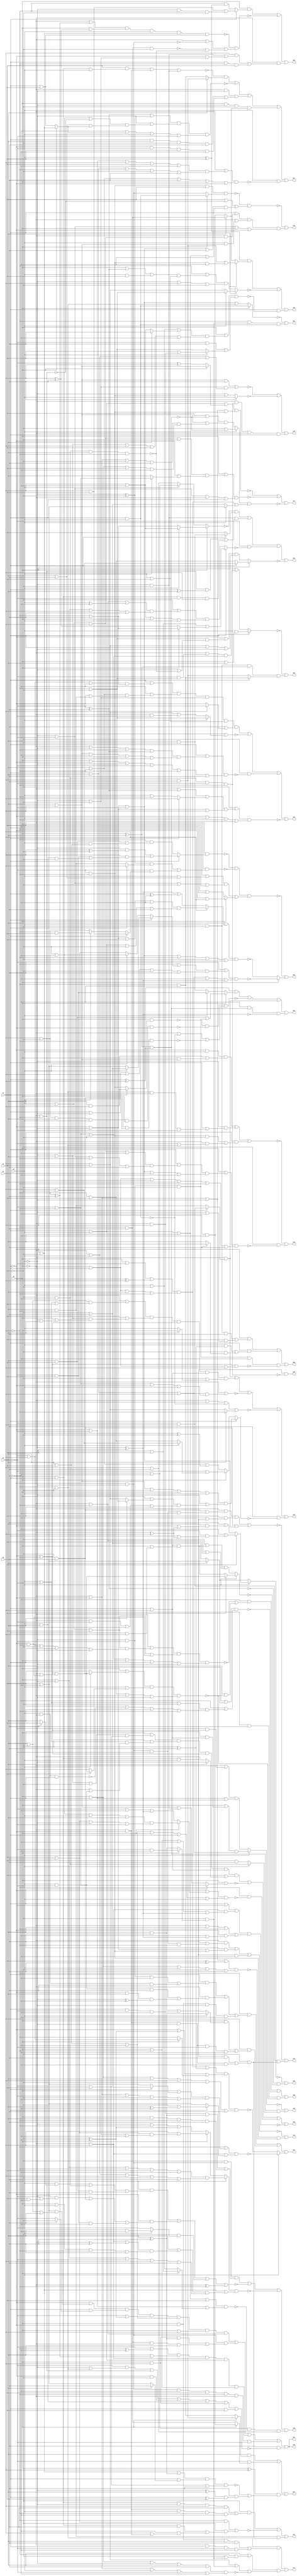
// Benchmark "q_3" written by ABC on Mon Feb 27 04:15:20 2023

module q_3 ( 
    x0, x1, x2, x3, x4, x5, x6,
    z00, z01, z02, z03, z04, z05, z06, z07, z08, z09, z10, z11, z12, z13,
    z14, z15, z16, z17, z18, z19, z20, z21, z22, z23, z24, z25, z26, z27,
    z28  );
  input  x0, x1, x2, x3, x4, x5, x6;
  output z00, z01, z02, z03, z04, z05, z06, z07, z08, z09, z10, z11, z12, z13,
    z14, z15, z16, z17, z18, z19, z20, z21, z22, z23, z24, z25, z26, z27,
    z28;
  wire n38, n40, n41, n42, n44, n45, n47, n48, n50, n51, n52, n53, n54, n55,
    n56, n58, n59, n60, n61, n63, n64, n65, n67, n68, n70, n71, n72, n73,
    n74, n76, n78, n79, n80, n82, n83, n85, n86, n87, n89, n91, n92, n94,
    n95, n96, n97, n99, n100, n102, n103, n104, n105, n106, n107, n109,
    n110, n111, n112, n114, n115, n116, n117, n119, n120, n121, n122, n124,
    n125, n126, n127, n128, n130, n131, n132, n133, n134, n136, n137, n138,
    n139, n140, n141, n143, n144, n145, n146, n148, n149, n150, n151, n153,
    n154, n155, n156, n157, n158, n160, n161, n162, n163, n164, n165, n166;
  assign z00 = x0 & x1 & x2 & ~n38;
  assign n38 = ~x6 & ~x5 & ~x3 & ~x4;
  assign z01 = ~n42 | (~x4 & n40 & n41);
  assign n40 = ~x5 & (x0 ? (~x3 & ~x6) : (x3 & x6));
  assign n41 = x1 & x2;
  assign n42 = x0 ? (x1 & x2) : (~x1 | ~x2 | ~x3 | (~x4 & ~x5));
  assign z02 = ~n45 | (n44 & (x1 ? (~x4 & ~x6) : (x4 & x6)));
  assign n44 = x2 & ~x5 & (x0 ^ x3);
  assign n45 = x1 ? (x2 & (x0 | x3)) : (~x2 | ((~x0 | (~x3 & (~x4 | ~x5))) & (~x3 | ~x4 | ~x5)));
  assign z03 = ~n48 | (n47 & (x2 ? (~x5 & ~x6) : (x5 & x6)));
  assign n47 = (x0 ^ x3) & (x1 ^ x4);
  assign n48 = x2 ? ((x0 | (x3 & (x1 | x4))) & (x1 | x3 | x4)) : ((~x0 | (~x3 & (~x1 | ~x4))) & (~x1 | ~x3 | ~x4));
  assign z04 = n50 | ~n51 | n55 | (~x6 & n47 & ~n56);
  assign n50 = (x1 ^ x4) & (x0 ? ((x3 & x5) | (~x2 & ~x3 & ~x5)) : (x2 ? (~x3 & x5) : (x3 & ~x5)));
  assign n51 = ~n52 & ~n53 & (~x0 | ~n41 | ~n54);
  assign n52 = x0 & (x1 ? (x3 & x4) : (~x3 & ~x4));
  assign n53 = ~x5 & x4 & x3 & x2 & x0 & ~x1;
  assign n54 = x6 & ~x5 & x3 & ~x4;
  assign n55 = ~x0 & (x1 ? (~x3 & x4) : (x3 & ~x4));
  assign n56 = ~x2 ^ x5;
  assign z05 = n59 | ~n60 | (x1 & ~n58);
  assign n58 = (x0 | ((x2 | ~x5 | (x3 ? x6 : (x4 | ~x6))) & (~x2 | x3 | x4 | x5 | ~x6))) & (~x3 | x6 | (x2 ? (x5 | (~x0 & x4)) : (~x4 | ~x5)));
  assign n59 = (x2 ^ x5) & (x1 ? ((x4 & x6) | (~x3 & ~x4 & ~x6)) : (x3 ? (~x4 & x6) : (x4 & ~x6)));
  assign n60 = x1 ? (x2 ? (~x4 | ~x5) : (x4 | x5)) : ((~x4 | ((x0 | n61 | (x2 & x5)) & (x2 | x5))) & (~x2 | x4 | ~x5));
  assign n61 = ~x3 ^ x6;
  assign z06 = ~n64 | (~n61 & ~n63);
  assign n63 = x2 ? (x5 ? ((~x1 | ~x4) & (~x0 | (~x1 & ~x4))) : ((x1 | x4) & (x0 | (x1 & x4)))) : ((~x5 | ((x1 | x4) & (x0 | (x1 & x4)))) & (~x0 | ~x4 | x5));
  assign n64 = x2 ? (x5 ? (~x6 | (~x3 & (x1 | n65))) : (x6 | (x3 & (~x1 | n65)))) : (x3 ? (x5 | ~x6) : (~x5 | x6));
  assign n65 = ~x0 ^ x4;
  assign z07 = (x3 & (x0 ? (x4 & x6) : (~x4 & ~x6))) | (~x3 & (x0 ? (x4 & ~x6) : (~x4 & x6))) | ((x0 ^ x4) & (~n67 | (x6 & n68)));
  assign n67 = (~x1 | ~x5 | (x3 ^ x6)) & (x1 | (x3 ? x6 : (x5 | ~x6))) & (~x3 | x5 | x6);
  assign n68 = (~x2 ^ x3) & (x1 ^ x5);
  assign z08 = (x0 & (x1 ? ((x4 & x5) | (~x2 & ~x4 & ~x5)) : (~x4 & (x2 ^ x5)))) | ~n70 | (~x0 & ((x4 & ((~x2 & ~x5) | (~x1 & (~x2 | ~x5)))) | (x1 & ~x4 & x5)));
  assign n70 = ~n71 & (~x0 | ~n72 | (~n73 & ~n74));
  assign n71 = (~x0 | (~x4 ^ x6)) & (x0 | (x4 ^ x6)) & x2 & (~x1 | ~x5) & (x1 | x5);
  assign n72 = ~x1 & ~x2;
  assign n73 = x6 & ~x4 & ~x5;
  assign n74 = ~x6 & ~x5 & x3 & ~x4;
  assign z09 = (~x1 & ((x2 & ~x5 & x6) | (x5 & (~x2 | ~x6)))) | (x1 & ((x2 & (~x5 ^ x6)) | (~x5 & (x6 ? ~x2 : x3)))) | (~x2 & ~x3 & ~x5 & ~x6 & ~n76);
  assign n76 = (~x1 | ~x4) & (~x0 | x1 | x4);
  assign z10 = ~n80 | ~n78 | (~x2 & n79 & ~x0 & x1);
  assign n78 = x6 ? x2 : (~x2 | (~x3 & ~x4));
  assign n79 = ~x6 & ~x5 & ~x3 & ~x4;
  assign n80 = x3 | x4 | x6 | ((~x2 | ~x5) & (~x0 | x2 | x5));
  assign z11 = n83 | ((x3 | (~x4 & (~x5 | n40))) & (x4 | x5 | n40 | ~n82));
  assign n82 = (x0 | x1 | ~x2 | x3 | x6) & (~x0 | ~x1 | x2 | ~x3 | ~x6);
  assign n83 = ~x4 & ~x5 & ((x0 & ~x1 & x3 & x6) | (~x0 & x1 & ~x3 & ~x6));
  assign z12 = n86 | ~n85 | (x3 & ~x4 & n87);
  assign n85 = (~x4 & (x5 | x6)) | (~x5 & ((x0 & x1 & x6) | (~x6 & (x4 | (~x0 & ~x1)))));
  assign n86 = ~x5 & ((x0 & x1 & ~x2 & x4 & x6) | (~x0 & ~x1 & x2 & ~x4 & ~x6));
  assign n87 = ~x5 & ((x0 & x1 & x2 & x6) | (~x0 & ~x1 & ~x2 & ~x6));
  assign z13 = ~n89 | (~x3 & x4 & n87);
  assign n89 = (~x0 & ((~x5 & x6) | (~x1 & ~x2 & ~x3 & ~x6))) | (x5 & (~x6 | (x0 & x1 & x2))) | (~x5 & x6 & (~x1 | ~x2 | ~x3));
  assign z14 = ~n92 | (~x3 & ~x4 & ~n91);
  assign n91 = (~x0 | ~x1 | ~x2 | (x5 ^ x6)) & (x0 | x1 | x2 | ~x5 | x6);
  assign n92 = (~x0 & (x6 | (~x1 & ~x2 & ~x3 & ~x4))) | (x6 & (~x1 | ~x2 | (~x3 & ~x4))) | (x0 & x1 & x2 & ~x6);
  assign z15 = ~n94 | ((x1 | (~x0 & (x2 | x3 | x4))) & (~x0 | (x2 & (x3 | x4))) & (~x2 | ~x3 | x0 | ~x1));
  assign n94 = ~n96 & (x5 | ~n95 | n97);
  assign n95 = ~x0 & ~x4;
  assign n96 = ~x3 & ~x4 & x5 & (x0 ? (x1 & x2) : (~x1 & ~x2));
  assign n97 = (~x1 | ~x2 | ~x3 | x6) & (x1 | x2 | x3 | ~x6);
  assign z16 = ~n100 | (~x5 & ~n99);
  assign n99 = (x0 | ((x1 | ((x2 | x3 | x4 | ~x6) & (~x2 | ~x3 | ~x4 | x6))) & (~x1 | ~x2 | ~x3 | x4 | ~x6))) & (~x0 | x1 | ~x2 | x3 | ~x4 | x6);
  assign n100 = (~x1 & x2 & ((x3 & x4) | (x0 & (x3 | x4)))) | (~x2 & (x1 | (~x4 & ~x5 & ~x0 & ~x3))) | (x1 & ((~x3 & ~x4 & ~x5) | (~x0 & (~x3 | (~x4 & ~x5)))));
  assign z17 = ~n102 | ~n103 | ~n105;
  assign n102 = (x1 | x2 | (x0 ? (x3 | x4) : (~x3 ^ x4))) & (~x0 | ~x1 | ~x2 | (~x3 & ~x4));
  assign n103 = x2 ? (~x5 | ~n47) : ((x5 | ~n47) & (x3 | x4 | n104));
  assign n104 = (~x0 | ~x1 | ~x5 | x6) & (x0 | x1 | x5 | ~x6);
  assign n105 = n107 & (n106 | (x2 ? (x5 | ~x6) : (~x5 | x6)));
  assign n106 = (x0 | ~x3 | (~x1 ^ x4)) & (~x0 | x1 | x3 | ~x4);
  assign n107 = (x0 | ((x2 | x3 | x4 | ~x5) & (~x1 | (x2 ? (~x3 | ~x4) : x3)))) & (~x2 | ~x3 | ~x0 | x1);
  assign z18 = n110 | ~n111 | (~x4 & ~n109) | ~n112;
  assign n109 = (~x1 | (x0 ? ((~x5 | ~x6 | x2 | x3) & (x5 | x6 | ~x2 | ~x3)) : (~x3 | ~x6 | (~x2 ^ x5)))) & (x3 | x5 | ~x6 | x0 | x1 | x2);
  assign n110 = (x0 | ((~x2 | x3 | ~x5) & (~x3 | x5))) & (~x5 | ((x2 | ~x3) & (~x0 | (x2 & ~x3)))) & (~x1 | ~x4) & (x1 | x4) & (x5 | (x3 ? ~x2 : ~x0));
  assign n111 = x0 | (x1 ? (~x3 | ~x4) : (x3 | x4 | (~x2 & ~x5)));
  assign n112 = (x1 | ~x3 | ((~x0 | x4) & (x0 | ~x4 | ~x6 | n56))) & (~x0 | x3 | ~x4 | (~x1 & (~x6 | n56)));
  assign z19 = n115 | ~n116 | (~x5 & ~n114) | ~n117;
  assign n114 = (x1 | ((~x0 | ~x2 | ~x4 | (~x3 ^ x6)) & (x3 | x4 | ~x6 | x0 | x2))) & (x0 | ~x1 | ~x2 | ~x3 | ~x4 | x6);
  assign n115 = (x1 | ((~x3 | x4 | ~x6) & (~x4 | x6))) & (~x6 | ((x3 | ~x4) & (~x1 | (x3 & ~x4)))) & (~x2 | ~x5) & (x2 | x5) & (x6 | (x4 ? ~x3 : ~x1));
  assign n116 = x1 | (x2 ? (~x4 | ~x5) : (x4 | x5 | (~x0 & ~x3)));
  assign n117 = (~x5 | ((~x0 | n61 | (x1 ? x4 : (x2 | ~x4))) & (~x1 | ~x2 | x4))) & (~x1 | x2 | ~x4 | x5);
  assign z20 = (~x6 & (~n119 | (x3 & ~n120))) | ~n121 | (~x3 & x6 & ~n120);
  assign n119 = (~x0 | ((x2 | x3 | x5) & (~x3 | x4 | ~x5 | x1 | ~x2))) & (x2 | x3 | x5 | (~x1 & ~x4)) & (~x3 | ~x4 | ~x5 | x0 | x1 | ~x2);
  assign n120 = (x0 | (x2 ? (x4 | ~x5) : x5)) & (x2 | (x5 ? ((~x1 | ~x4) & (~x0 | (~x1 & ~x4))) : x4)) & (~x4 | x5 | ~x0 | ~x2);
  assign n121 = (~x2 | (x3 ? (x5 | ~x6) : (~x5 | x6))) & (~x6 | ((x2 | ~x3 | ~x5) & (x5 | ~n122 | x3 | ~x4)));
  assign n122 = x2 & ~x0 & x1;
  assign z21 = n125 | n126 | n127 | n128 | (x6 & ~n124);
  assign n124 = (~x3 & (~x2 | (~x4 & ~x5))) | (~x0 & ~x4) | (~x1 & ~x5) | (x2 & x3) | (x0 & x4) | (x1 & x5);
  assign n125 = (~x1 | ((x5 | ~x6) & (x3 | ~x5 | x6))) & (x1 | (x6 ? ~x5 : ~x3)) & (~x3 | (~x5 ^ ~x6)) & (x3 | x5 | ~x6) & (x0 | x4) & (~x0 | ~x4);
  assign n126 = ~x1 & ~x2 & ((x0 & x4 & (x3 ^ x6)) | (~x4 & x6 & ~x0 & x3));
  assign n127 = (~x3 | (~x4 ^ ~x6)) & (x3 | (~x4 ^ x6)) & (~x0 | x4) & (x1 | x2) & (x0 | ~x4);
  assign n128 = n72 & ~x6 & x5 & ~x4 & ~x0 & ~x3;
  assign z22 = n131 | n133 | (~x3 & ~n130) | ~n134;
  assign n130 = x1 ? (~x2 | x5 | (x0 ? (~x4 | x6) : (x4 ^ x6))) : ((~x5 | ((~x0 | ~x4 | (x2 ^ ~x6)) & (x0 | ~x2 | x4 | x6))) & (x4 | ~x6 | x0 | x2));
  assign n131 = ~n132 & (x1 ? (x3 & ~x5) : x5);
  assign n132 = x0 ? (x2 ? (x4 | ~x6) : (~x4 | x6)) : (x2 ? (~x4 | ~x6) : (x4 | x6));
  assign n133 = ~x2 & ~x5 & ((~x0 & ~x4 & (x1 ^ x3)) | (x0 & x1 & ~x3 & x4));
  assign n134 = x0 ? (x1 ? (x4 | ~x5) : (~x4 | x5)) : ((~x1 | ((~x4 | ~x5) & (~x2 | ~n74))) & (x4 | x5 | x1 | ~x2));
  assign z23 = n137 | ~n138 | ~n139 | ((~x4 | ~x6) & ~n136 & (x4 | x6));
  assign n136 = (x1 | x2 | x3 | x5) & (~x1 | ~x3 | (x0 ? (~x2 | x5) : (x2 | ~x5)));
  assign n137 = ~x5 & n72 & ((~x0 & x4 & (x3 ^ x6)) | (x0 & x3 & ~x4 & x6));
  assign n138 = x1 ? ((x0 | ~x2 | ~x4 | x5 | ~x6) & (~x0 | x2 | x4 | ~x5 | x6)) : (x0 ? (x4 | ((x5 | x6) & (~x2 | ~x5 | ~x6))) : (~x2 | ~x4 | (~x5 ^ ~x6)));
  assign n139 = (n140 | (~x0 ^ ~x4)) & (~x1 | ~x5 | n141);
  assign n140 = (x1 & ((x2 & (x6 ? x5 : x3)) | (~x5 & ~x6) | (x3 & x5 & x6))) | (~x1 & ((~x2 & (~x3 | (x5 & ~x6))) | (~x5 & x6) | (~x3 & x5 & ~x6))) | (~x5 & (x2 ? (x3 & ~x6) : ~x3));
  assign n141 = (x3 | ((~x0 | x4 | (~x2 ^ x6)) & (x0 | x2 | ~x4 | x6))) & (x0 | ~x2 | ~x3 | x4 | x6);
  assign z24 = n144 | n145 | (x2 ? ~n146 : ~n143);
  assign n143 = (((x0 | ~x3 | (~x1 ^ x4)) & (~x0 | x1 | x3 | ~x4)) | (~x5 ^ x6)) & (~x1 | (~x5 ^ ~x6) | (x0 ? (~x3 | x4) : ~x4)) & (x0 | x1 | x3 | x4 | ~x5 | x6);
  assign n144 = ~x4 & ((x1 & ((~x2 & ~x3 & ~x6) | (~x0 & x2 & x6))) | (~x0 & ((x2 & ~x3 & x6) | (~x1 & x3 & (~x2 ^ ~x6)))) | (x0 & ~x1 & ~x2 & ~x6));
  assign n145 = x4 & ((x0 & (x2 ? (x3 ^ x6) : ((x3 & x6) | (x1 & ~x3 & ~x6)))) | (~x0 & ~x1 & ~x2 & ~x3 & ~x6));
  assign n146 = (~x4 | ((x0 | (x1 ? (~x5 | x6) : (x5 | ~x6))) & (~x0 | ~x1 | ~x3 | ~x5 | ~x6))) & (~x0 | x4 | (x1 ? (~x5 | (x3 ^ ~x6)) : (x5 | ~x6)));
  assign z25 = n55 | n149 | ~n150 | ~n151 | (x6 & ~n148);
  assign n148 = x1 ? ((x3 | x4 | ~x5 | x0 | x2) & (~x2 | ((x0 | (x3 ? (~x4 | ~x5) : (x4 | x5))) & (~x0 | ~x3 | ~x4 | x5)))) : (x0 ? (~x3 | (x2 ? (x4 | ~x5) : (~x4 | x5))) : (x3 | ~x4 | (x2 ^ ~x5)));
  assign n149 = (~x0 | ((x3 | ~x5) & (x2 | ~x3 | x5))) & (x5 | ((~x2 | x3) & (x0 | (~x2 & x3)))) & (~x1 | ~x4) & (x1 | x4) & (~x5 | (x3 ? x0 : x2));
  assign n150 = ~x0 | ((x1 | x3 | x4) & (~x3 | ~x4 | ~x1 | x2));
  assign n151 = ~x0 | x6 | ~n41 | (x3 ? ~x4 : (x4 | x5));
  assign z26 = ~n155 | (x0 ? ~n153 : ~n154);
  assign n153 = (~x3 | ((~x4 | (x1 ? (x2 ? (~x5 | x6) : (x5 | ~x6)) : (x2 ? (~x5 | ~x6) : (x5 | x6)))) & (x1 | ~x2 | x4 | ~x5 | x6))) & (x1 | x3 | x4 | ~x6 | (~x2 ^ x5));
  assign n154 = (x3 | (x4 ? ((~x1 | ~x2 | x5 | ~x6) & (x1 | x2 | ~x5 | x6)) : ((~x2 ^ x5) | (x1 ^ ~x6)))) & (~x1 | ~x2 | ~x3 | ~x4 | ~x5 | x6);
  assign n155 = ~n156 & ~n158 & (n157 | (x0 ? (~x1 | x4) : (x1 | ~x4)));
  assign n156 = ~x0 & (x1 ? ((~x2 & (x4 ^ ~x5)) | (x4 & ((~x3 & x5) | (x2 & x3 & ~x5)))) : (~x4 & ((x3 & x5) | (x2 & (x3 | x5)))));
  assign n157 = (x5 | (x2 & (x3 | x6))) & (~x2 | ~x3 | ~x5 | ~x6);
  assign n158 = x0 & (((~x2 ^ ~x5) & (x1 ? x4 : (x3 & ~x4))) | (~x3 & (x1 ? (x4 & x5) : (x2 ? (~x4 & x5) : (x4 & ~x5)))));
  assign z27 = n161 | ~n163 | n165 | n166 | (x2 & ~n160);
  assign n160 = (~x0 | ((~x1 | ~x3 | x4 | x5 | ~x6) & (x1 | x3 | ~x4 | ~x5 | x6))) & (x3 | ~x4 | x6 | x0 | ~x1);
  assign n161 = ~n162 & (x3 ? (x4 & x6) : (~x4 & ~x6));
  assign n162 = (x5 & ((x0 & x1) | x2)) | (~x0 & ~x1) | (~x2 & ~x5);
  assign n163 = ((~x3 ^ x6) | (~x2 ^ ~x5)) & (~x2 | ((~x5 | ~x6 | ~n95) & (x3 | x6 | n164))) & (~x6 | n164 | x2 | ~x3);
  assign n164 = x0 ? (~x1 | ~x5) : (x1 | x5);
  assign n165 = ~x0 & ~x2 & ((x1 & x3 & ~x5 & x6) | (~x1 & ~x3 & x5 & ~x6));
  assign n166 = x0 & ~x2 & ~x5 & (x3 ? (~x4 & x6) : (x4 & ~x6));
  assign z28 = n125 | n126 | n127 | n128 | (x6 & ~n124);
endmodule